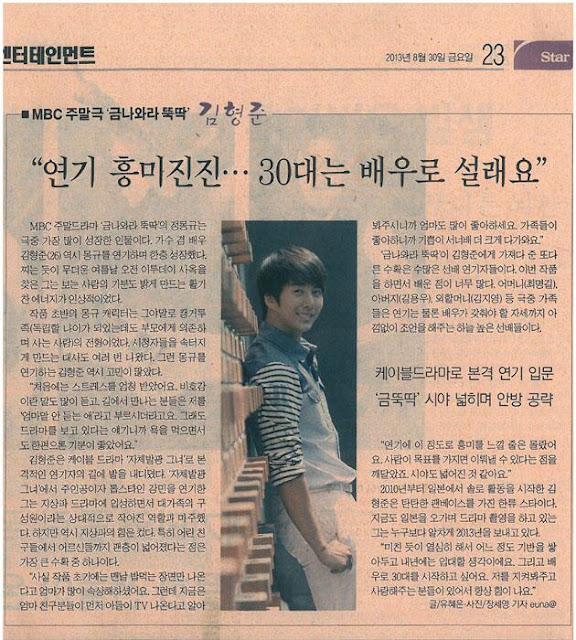
Language: ko